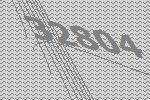
32804